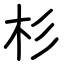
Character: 杉